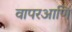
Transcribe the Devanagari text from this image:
वापरआणि